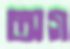
অগ